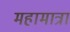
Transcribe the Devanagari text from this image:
महामात्रा